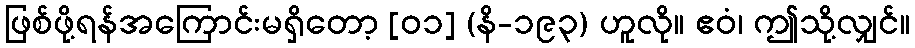
ဖြစ်ဖို့ရန်အကြောင်းမရှိတော့ [၀၁] (နိ-၁၉၃) ဟူလို။ ဧဝံ၊ ဤသို့လျှင်။